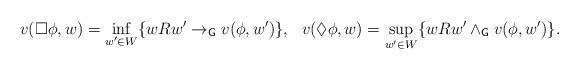
LaTeX: \begin{align*}v(\Box\phi,w)&=\inf\limits_{w'\in W}\{wRw'\rightarrow_\mathsf{G}v(\phi,w')\},&v(\lozenge\phi,w)&=\sup\limits_{w'\in W}\{wRw'\wedge_\mathsf{G}v(\phi,w')\}.\end{align*}